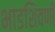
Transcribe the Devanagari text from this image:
भाडशिवणी